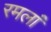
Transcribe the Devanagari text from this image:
रमलां